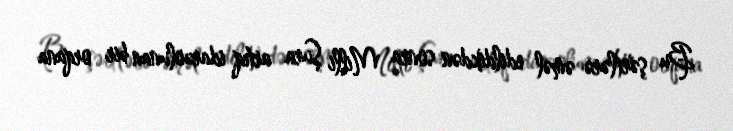
Bu şərtlərə əməl edildikdən sonra Milli Şura artıq idarəolunan bir orqana